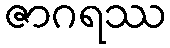
ဇာဂရဿ